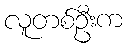
လူတစ်ဦးက